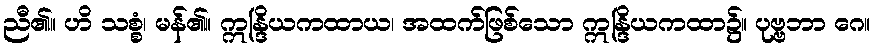
ညီ၏။ ဟိ သစ္စံ၊ မန်၏။ ဣန္ဒြိယကထာယ၊ အထက်ဖြစ်သော ဣန္ဒြိယကထာ၌။ ပုဗ္ဗဘာ ဂေ။